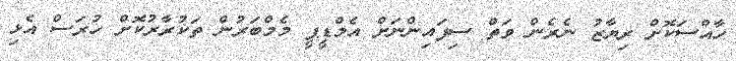
ހާއްސަކޮށް ރިޔާޒު ނެރެން ވަތް ސިފައިންނަށް އެމްޑީޕީ މެމްބަރުން ތަކުރާރުކޮށް ހުރަސް އެޅި